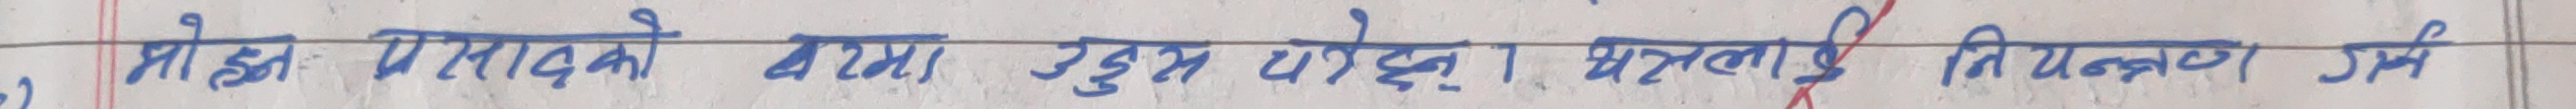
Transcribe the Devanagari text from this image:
मोक्ष प्रसादको वेशमा उदय होस् । भक्तलाई नियमन गर्स